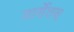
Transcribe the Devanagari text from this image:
मार्सेलस्